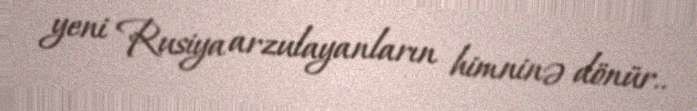
yeni Rusiya arzulayanların himninə dönür..